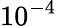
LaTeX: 10^{-4}